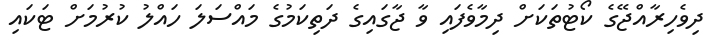
ދިވެހިރާއްޖޭގެ ކޯޓުތަކަށް ދިމާވެފައި ވާ ޖާގައިގެ ދަތިކަމުގެ މައްސަލަ ހައްލު ކުރުމަށް ޓަކައި